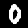
Digit: 0